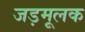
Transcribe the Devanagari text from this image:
जड़मूलक